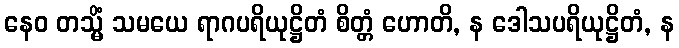
နေဝ တသ္မိံ သမယေ ရာဂပရိယုဋ္ဌိတံ စိတ္တံ ဟောတိ, န ဒေါသပရိယုဋ္ဌိတံ, န